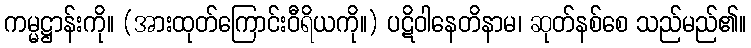
ကမ္မဋ္ဌာန်းကို။ (အားထုတ်ကြောင်းဝီရိယကို။) ပဋိဝါနေတိနာမ၊ ဆုတ်နစ်စေ သည်မည်၏။